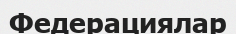
Федерациялар